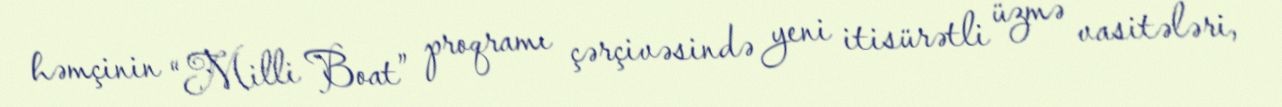
həmçinin “Milli Boat” proqramı çərçivəsində yeni itisürətli üzmə vasitələri,